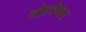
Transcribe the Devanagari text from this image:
वोल्डेमार